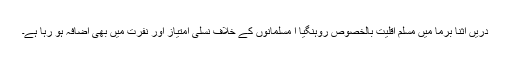
دریں اثنا برما میں مسلم اقلیت بالخصوص روہنگیا ا مسلمانوں کے خلاف نسلی امتیاز اور نفرت میں بھی اضافہ ہو رہا ہے۔